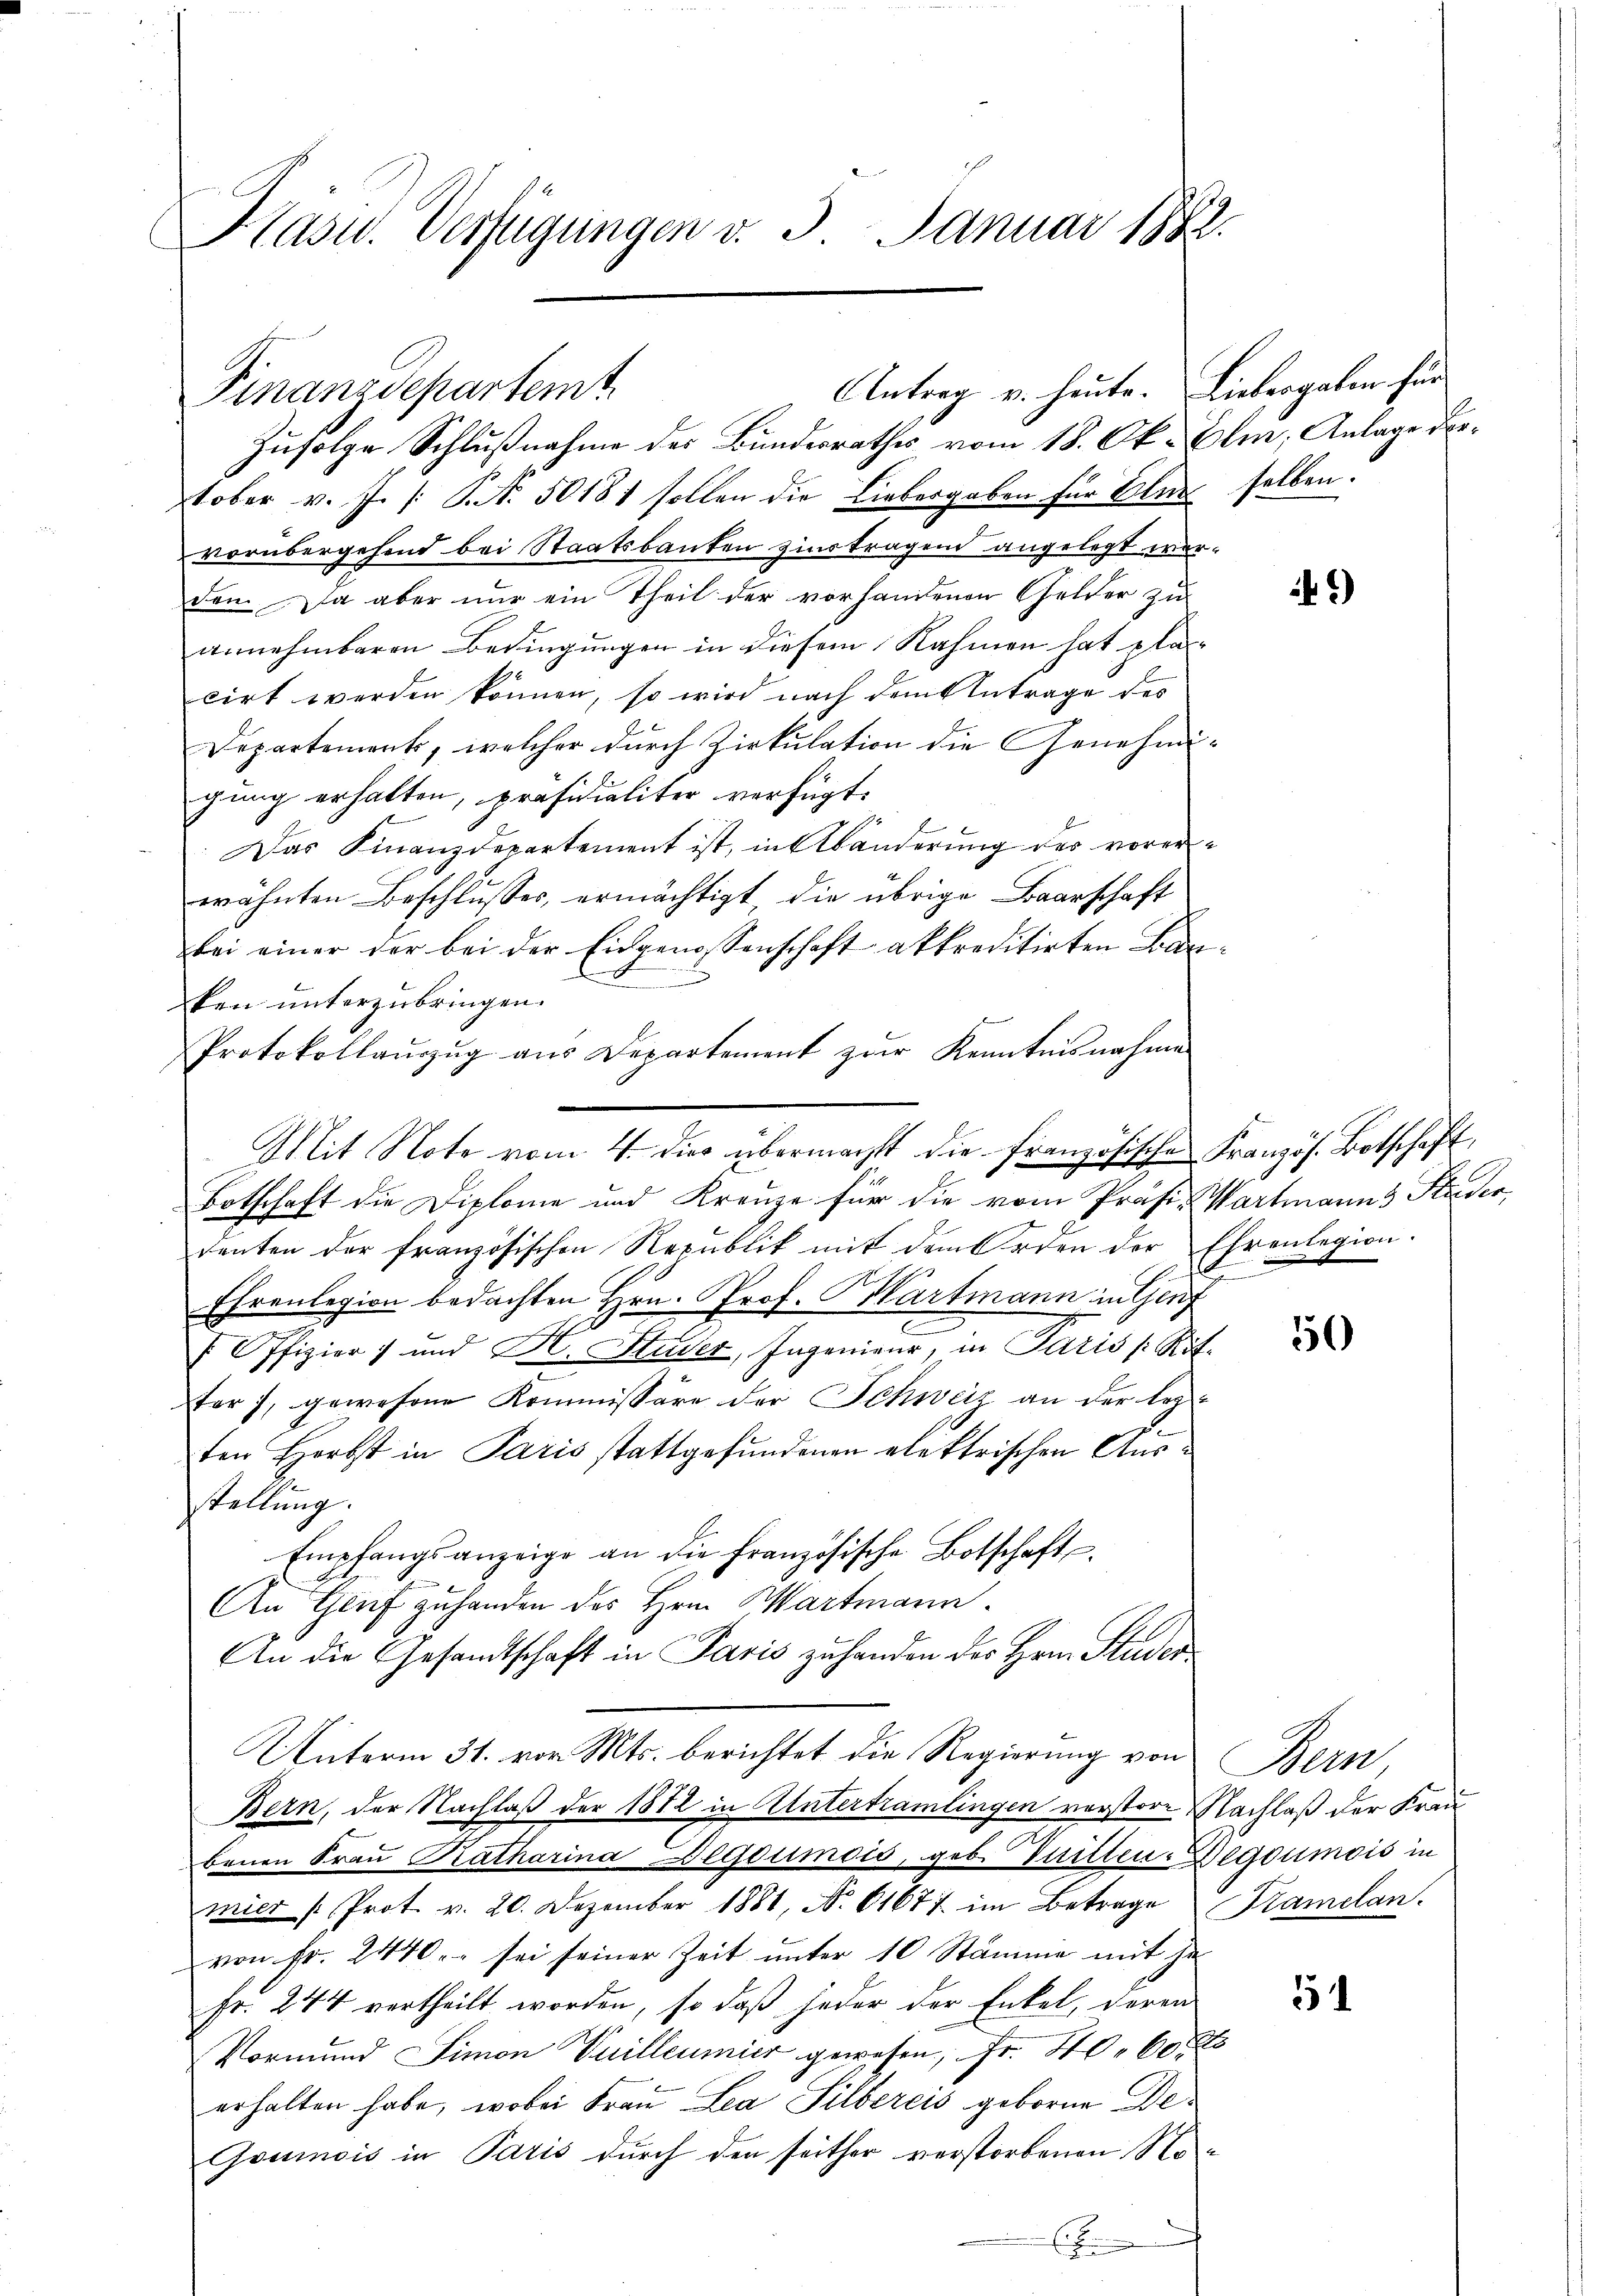
Hasu. Verfügungen v. 3. Januar 1882.

Finanzdepartemt

Zufolge Schlußnahme des Bundesrathes vom 18. Ok- Ulm, Anlage detober v. J. /: P. Nr. 50181 sollen die Liebergaben für Elus selben.
vorübergehend bei Staatsbauten zins tragend angelegt werdon. Da aber nur ein Theil der vorhandenen Gelder zu
annehmbaren Bedingungen in diesem Nahmen hat pla
cirt werden können, so wird nach dem Antrage des
Departement, welcher durch Zirkulation die Genehmi
gung erhalten, präsidialiter verfügt:
Das Finanzdepartement ist, in Abänderung des vorerwähnten Beschlusses, ermächtigt, die übrige Baarschaft
bei einer der bei der Eidgenossenschaft akkreditirten Far
.
ken unterzubringen.
Protokollaŭszŭg aŭs Departement zŭr Kenntnisnahme
Botschaft die Diplome und Kreuze für die vom Präsi-Wartmanns Stieder,
E
denten der französischen Republik mit dem Orden der Ehrenlegion.
Ros
Ehrenlegion bedachten Hrn. Prof. Hartmann in Genf
 Offizier) und H. Studer, Ingenieur, in Paris /: Röt.
Wer), gewesene Kommissäre der Schweiz an der lezten Herbst in Paris stattgefundenen elektrischen Ausstellung.
Empfangsanzeige an die Französische Botschaft
An Genf zuhanden des Hrn. Martmann.
An die Gesandtschaft in Paris zu handen des Hrn. Studen
Unterm 31. von Mts. berichtet die Regierung von Bern,
Bern, der Nachlaß der 1872 in Untertramlingen verstore Nachlaß der Frau
benen Fraŭ Katharina Degoumois, geb. Willen egoumois in
mier (Prot. v. 20. Dezember 1881, No. 61677 im Betrage Kramelan
von Fr. 2440. sei seiner Zeit unter 10 Stämme mit In
Fr. 244 vertheilt worden, so daß jeder der Enkel, deren
Vormund Simon Vuilleumier gewesen, Fr. 40. 60
erhalten habe, wobei Frau Lea Silbereis geborne De¬
Goumois in Paris durch den seither verstorbenen Nox

Mit Note vom 4. dies übermacht die französische Französ. Botschaft,

Antrag u. heute. Liebergaben für

e

.

)

50

51